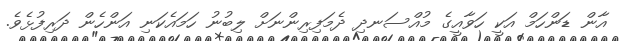
އާން ޑަންހަމް އަކީ ހަވާއީގެ މުއްސަނދި ދެމަފިރިންނަށް ލިބުނު ހަމައެކަނި އަންހެން ދަރިފުޅެވެ.